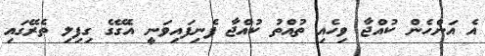
އެ އަންހެން ކުއްޖާ ވިހެއި ތުއްތު ކުއްޖާ ފެނިފައިވަނީ އެގޭގެ ގިފިލި ތެރޭގައި